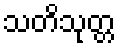
သတိသုတ္တ